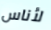
لأناس